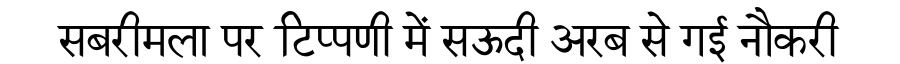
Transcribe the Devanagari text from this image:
सबरीमला पर टिप्पणी में सऊदी अरब से गई नौकरी